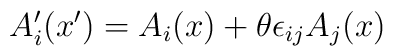
A'_{i}(x') = A_{i}(x)+\theta\epsilon_{ij}A_{j}(x)